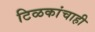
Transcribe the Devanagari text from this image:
टिळकांचाही